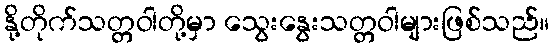
နို့တိုက်သတ္တဝါတို့မှာ သွေးနွေးသတ္တဝါများဖြစ်သည်။